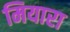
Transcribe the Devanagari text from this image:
मियारा